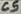
Text: C5